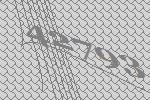
42793